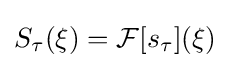
S_{\tau }(\xi )={\mathcal {F}}[s_{\tau }](\xi )